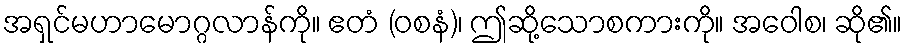
အရှင်မဟာမောဂ္ဂလာန်ကို။ ဧတံ (ဝစနံ)၊ ဤဆို့သောစကားကို။ အဝေါစ၊ ဆို၏။